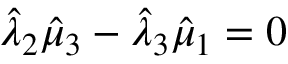
\hat { \lambda } _ { 2 } \hat { \mu } _ { 3 } - \hat { \lambda } _ { 3 } \hat { \mu } _ { 1 } = 0